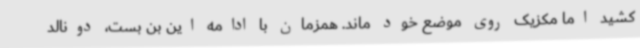
کشید اما مکزیک روی موضع خود ماند. همزمان با ادامه این بن بست، دونالد